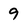
Character: 9